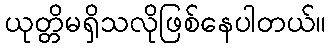
ယုတ္တိမရှိသလိုဖြစ်နေပါတယ်။